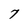
Character: 7